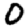
Digit: 0